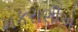
મકરાણીએ